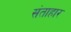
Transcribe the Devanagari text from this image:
संताहार